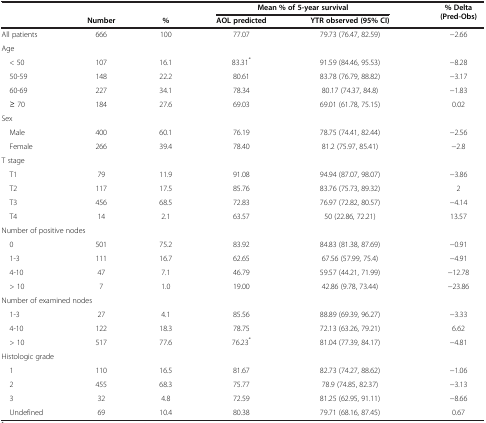
<table><thead><tr><td><b> </b></td><td><b> </b></td><td><b> </b></td><td colspan="2"><b>Mean % of 5-year survival</b></td><td rowspan="2"><b>% Delta (Pred-Obs)</b></td></tr><tr><td><b> </b></td><td><b>Number</b></td><td><b>%</b></td><td><b>AOL predicted</b></td><td><b>YTR observed (95% CI)</b></td></tr></thead><tbody><tr><td>All patients</td><td>666</td><td>100</td><td>77.07</td><td>79.73 (76.47, 82.59)</td><td>−2.66</td></tr><tr><td colspan="6">Age</td></tr><tr><td> &lt; 50</td><td>107</td><td>16.1</td><td>83.31<sup>*</sup></td><td>91.59 (84.46, 95.53)</td><td>−8.28</td></tr><tr><td> 50-59</td><td>148</td><td>22.2</td><td>80.61</td><td>83.78 (76.79, 88.82)</td><td>−3.17</td></tr><tr><td> 60-69</td><td>227</td><td>34.1</td><td>78.34</td><td>80.17 (74.37, 84.8)</td><td>−1.83</td></tr><tr><td> ≥ 70</td><td>184</td><td>27.6</td><td>69.03</td><td>69.01 (61.78, 75.15)</td><td>0.02</td></tr><tr><td colspan="6">Sex</td></tr><tr><td> Male</td><td>400</td><td>60.1</td><td>76.19</td><td>78.75 (74.41, 82.44)</td><td>−2.56</td></tr><tr><td> Female</td><td>266</td><td>39.4</td><td>78.40</td><td>81.2 (75.97, 85.41)</td><td>−2.8</td></tr><tr><td colspan="6">T stage</td></tr><tr><td> T1</td><td>79</td><td>11.9</td><td>91.08</td><td>94.94 (87.07, 98.07)</td><td>−3.86</td></tr><tr><td> T2</td><td>117</td><td>17.5</td><td>85.76</td><td>83.76 (75.73, 89.32)</td><td>2</td></tr><tr><td> T3</td><td>456</td><td>68.5</td><td>72.83</td><td>76.97 (72.82, 80.57)</td><td>−4.14</td></tr><tr><td> T4</td><td>14</td><td>2.1</td><td>63.57</td><td>50 (22.86, 72.21)</td><td>13.57</td></tr><tr><td colspan="6">Number of positive nodes</td></tr><tr><td> 0</td><td>501</td><td>75.2</td><td>83.92</td><td>84.83 (81.38, 87.69)</td><td>−0.91</td></tr><tr><td> 1-3</td><td>111</td><td>16.7</td><td>62.65</td><td>67.56 (57.99, 75.4)</td><td>−4.91</td></tr><tr><td> 4-10</td><td>47</td><td>7.1</td><td>46.79</td><td>59.57 (44.21, 71.99)</td><td>−12.78</td></tr><tr><td> &gt; 10</td><td>7</td><td>1.0</td><td>19.00</td><td>42.86 (9.78, 73.44)</td><td>−23.86</td></tr><tr><td colspan="6">Number of examined nodes</td></tr><tr><td> 1-3</td><td>27</td><td>4.1</td><td>85.56</td><td>88.89 (69.39, 96.27)</td><td>−3.33</td></tr><tr><td> 4-10</td><td>122</td><td>18.3</td><td>78.75</td><td>72.13 (63.26, 79.21)</td><td>6.62</td></tr><tr><td> &gt; 10</td><td>517</td><td>77.6</td><td>76.23<sup>*</sup></td><td>81.04 (77.39, 84.17)</td><td>−4.81</td></tr><tr><td colspan="6">Histologic grade</td></tr><tr><td> 1</td><td>110</td><td>16.5</td><td>81.67</td><td>82.73 (74.27, 88.62)</td><td>−1.06</td></tr><tr><td> 2</td><td>455</td><td>68.3</td><td>75.77</td><td>78.9 (74.85, 82.37)</td><td>−3.13</td></tr><tr><td> 3</td><td>32</td><td>4.8</td><td>72.59</td><td>81.25 (62.95, 91.11)</td><td>−8.66</td></tr><tr><td> Undefined</td><td>69</td><td>10.4</td><td>80.38</td><td>79.71 (68.16, 87.45)</td><td>0.67</td></tr></tbody></table>